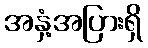
အနှံ့အပြားရှိ